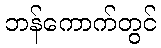
ဘန်ကောက်တွင်